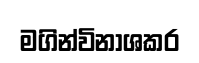
මගින්විනාශකර